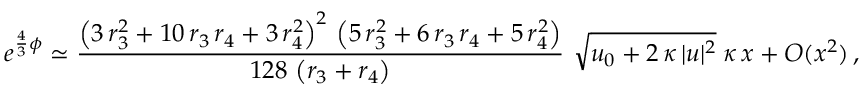
e ^ { \frac 4 3 \phi } \simeq \frac { \left( 3 \, r _ { 3 } ^ { 2 } + 1 0 \, r _ { 3 } \, r _ { 4 } + 3 \, r _ { 4 } ^ { 2 } \right) ^ { 2 } \, \left( 5 \, r _ { 3 } ^ { 2 } + 6 \, r _ { 3 } \, r _ { 4 } + 5 \, r _ { 4 } ^ { 2 } \right) } { 1 2 8 \, \left( r _ { 3 } + r _ { 4 } \right) } \, \, \sqrt { u _ { 0 } + 2 \, \kappa \, | u | ^ { 2 } } \; \kappa \, x + O ( x ^ { 2 } ) \, ,